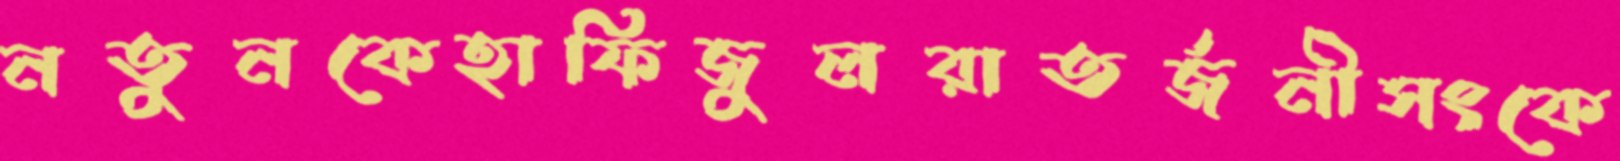
নতুনকেহাফিজুলরাতর্জনীসংকে